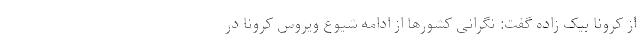
از کرونا بیک زاده گفت: نگرانی کشورها از ادامه شیوع ویروس کرونا در